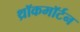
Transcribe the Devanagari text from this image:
थ्रॉकमॉर्टन